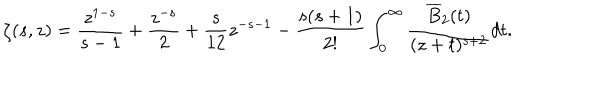
LaTeX: \zeta ( s , z ) = \frac { z ^ { 1 - s } } { s - 1 } + \frac { z ^ { - s } } { 2 } + \frac { s } { 1 2 } z ^ { - s - 1 } - \frac { s ( s + 1 ) } { 2 ! } \int _ { 0 } ^ { \infty } \frac { \overline { { { B } } } _ { 2 } ( t ) } { ( z + t ) ^ { s + 2 } } d t .